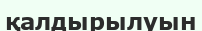
қалдырылуын